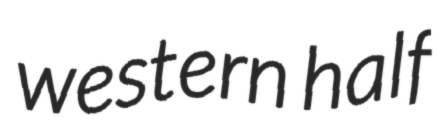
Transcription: western half